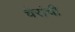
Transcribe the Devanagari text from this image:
चेरांची